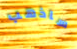
ساذهب